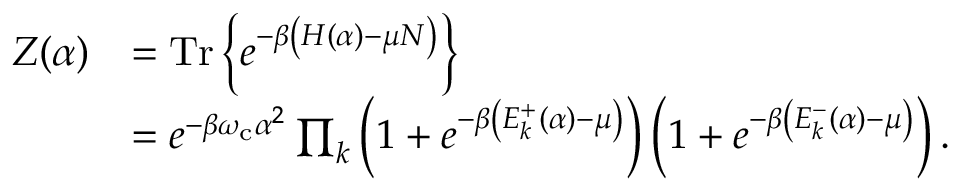
\begin{array} { r l } { Z ( \alpha ) } & { = \mathrm { T r } \left\{ e ^ { - \beta \left( H ( \alpha ) - \mu N \right) } \right\} } \\ & { = e ^ { - \beta \omega _ { \mathrm { c } } \alpha ^ { 2 } } \prod _ { k } \left( 1 + e ^ { - \beta \left( E _ { k } ^ { + } ( \alpha ) - \mu \right) } \right) \left( 1 + e ^ { - \beta \left( E _ { k } ^ { - } ( \alpha ) - \mu \right) } \right) . } \end{array}